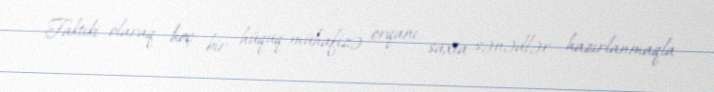
Faktiki olaraq heç bir hüquq-mühafizə orqanı saxta sənədlər hazırlanmaqla